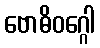
ဗောဓိဝဂ္ဂေါ